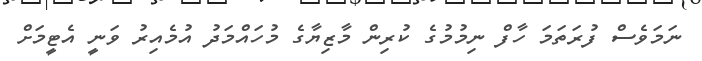
ނަމަވެސް ފުރަތަމަ ހާފް ނިމުމުގެ ކުރިން މާޒިޔާގެ މުހައްމަދު އުމެއިރު ވަނީ އެޓީމަށް